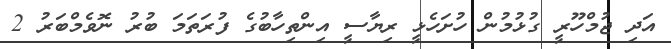
އަދި ޖުމްހޫރީ ގުޅުމުން ހުށަހެޅީ ރިޔާސީ އިންތިހާބުގެ ފުރަތަމަ ބުރު ނޮވެމްބަރު 2